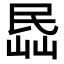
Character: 𡸧